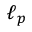
\ell _ { p }